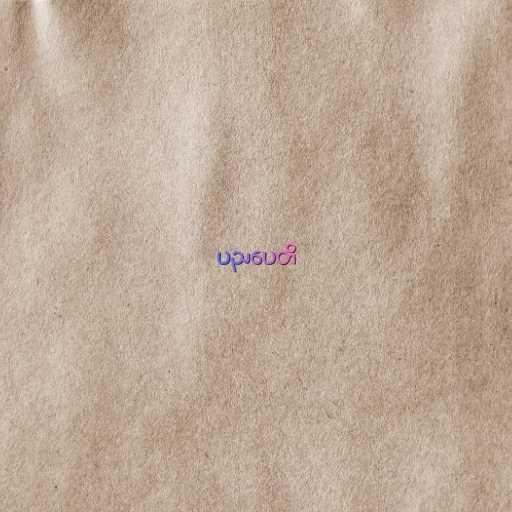
ပညပေတိ